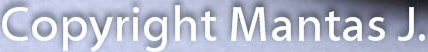
Copyright Mantas J.